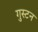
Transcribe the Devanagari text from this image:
गुस्टन